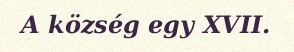
A község egy XVII.